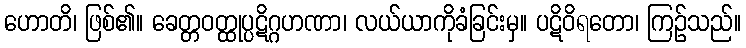
ဟောတိ၊ ဖြစ်၏။ ခေတ္တဝတ္ထုပ္ပဋိဂ္ဂဟဏာ၊ လယ်ယာကိုခံခြင်းမှ။ ပဋိဝိရတော၊ ကြဉ်သည်။